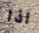
اذا